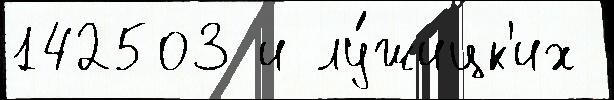
142503 и лу́жицк'их